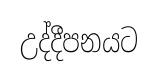
උද්දීපනයට